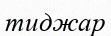
тиджар